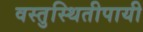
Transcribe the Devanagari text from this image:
वस्तुस्थितीपायी